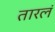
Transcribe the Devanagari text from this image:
तारलं